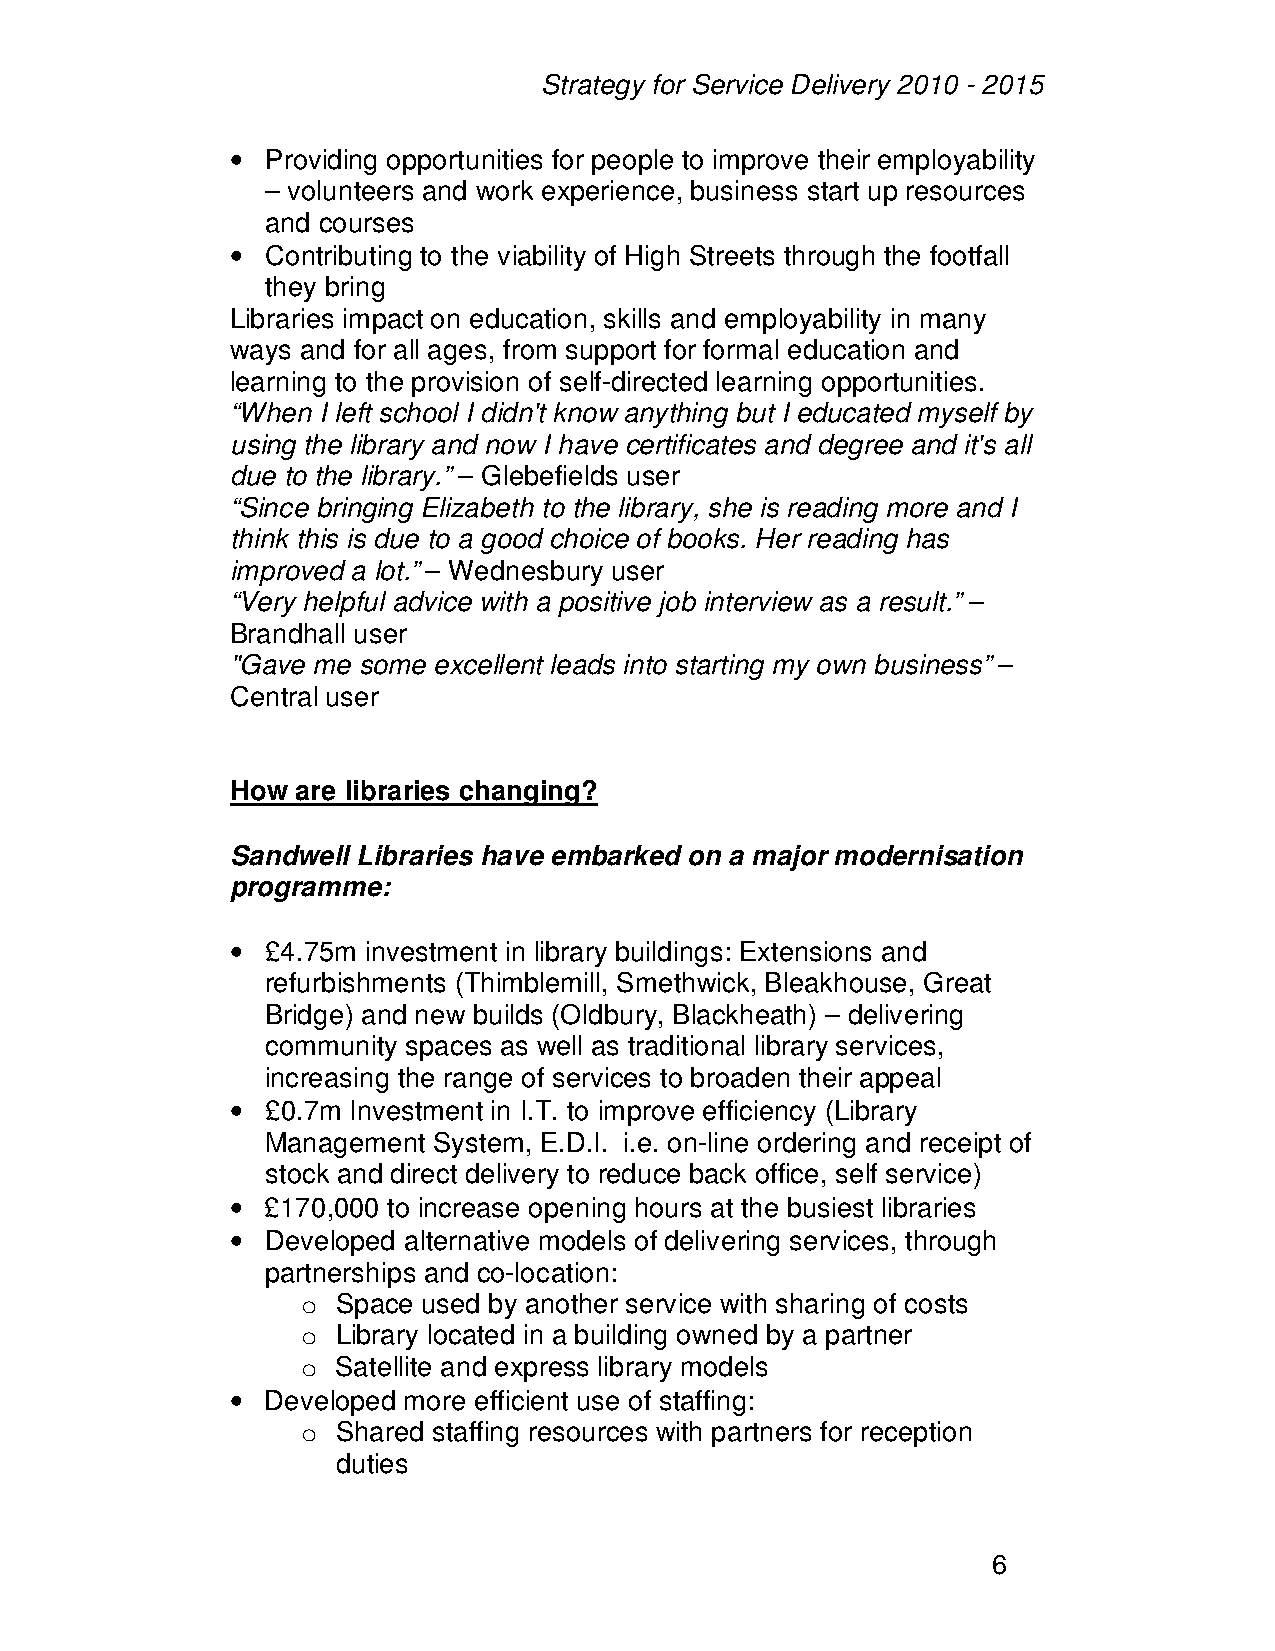
Strategy for Service Delivery 2010 - 2015
 •  Providing opportunities for people to improve their employability
 – volunteers and work experience, business start up resources
 and courses
 •  Contributing to the viability of High Streets through the footfall
 they bring
 Libraries impact on education, skills and employability in many
 ways and for all ages, from support for formal education and
 learning to the provision of self-directed learning opportunities.
 “When I left school I didn't know anything but I educated myself by
 using the library and now I have certificates and degree and it's all
 due to the library.” – Glebefields user
 “Since bringing Elizabeth to the library, she is reading more and I
 think this is due to a good choice of books. Her reading has
 improved a lot.” – Wednesbury user
 “Very helpful advice with a positive job interview as a result.” –
 Brandhall user
 "Gave me some excellent leads into starting my own business” –
 Central user
 How  are libraries changing?
 Sandwell Libraries have embarked on a major modernisation
 programme:
 •  £4.75m investment in library buildings: Extensions and
 refurbishments (Thimblemill, Smethwick, Bleakhouse, Great
 Bridge) and new builds (Oldbury, Blackheath) – delivering
 community spaces as well as traditional library services,
 increasing the range of services to broaden their appeal
 •  £0.7m Investment in I.T. to improve efficiency (Library
 Management System, E.D.I. i.e. on-line ordering and receipt of
 stock and direct delivery to reduce back office, self service)
 •  £170,000 to increase opening hours at the busiest libraries
 •  Developed alternative models of delivering services, through
 partnerships and co-location:
 o Space used by another service with sharing of costs
 o Library located in a building owned by a partner
 o Satellite and express library models
 •  Developed more efficient use of staffing:
 o Shared staffing resources with partners for reception
 duties
 6